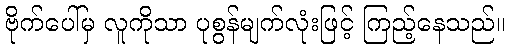
ဗိုက်ပေါ်မှ လူကိုသာ ပုစွန်မျက်လုံးဖြင့် ကြည့်နေသည်။